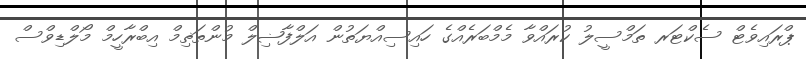
ޕްރައިވެޓް ސެކްޓަރ ތަމްސީލު ކުރައްވާ މެމްބަރެއްގެ ހައިސިއްޔަތުން އަލްފާޟިލް މުންތަޡިމް އިބްރާހީމް މޯލްޑިވްސް